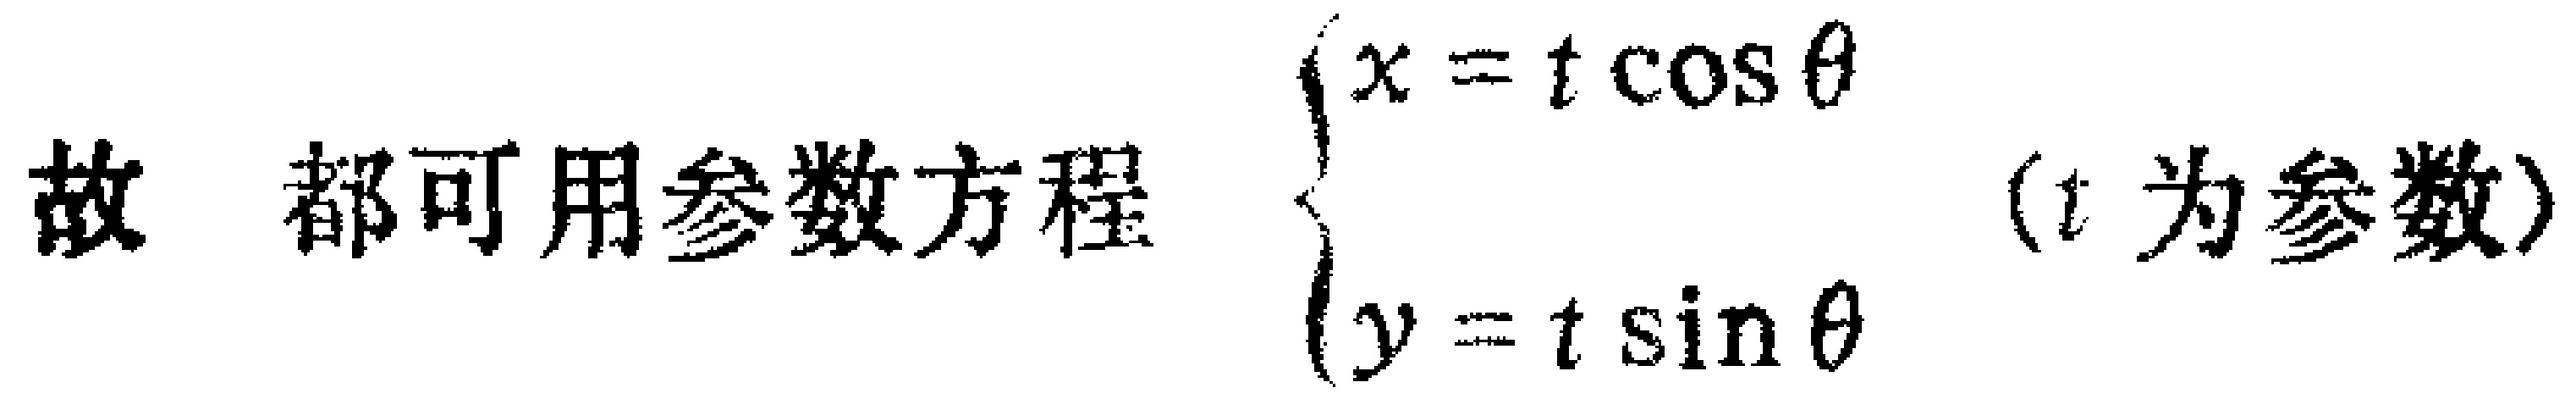
故 都可用参数方程 $\begin{cases}x = t\cos\theta\\y = t\sin\theta\end{cases}$ ($t$ 为参数)